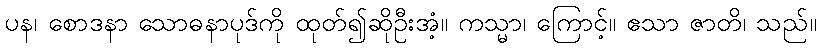
ပန၊ စောဒနာ သောဓနာပုဒ်ကို ထုတ်၍ဆိုဦးအံ့။ ကသ္မာ၊ ကြောင့်။ ဧသာ ဇာတိ၊ သည်။